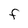
Character: F